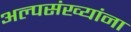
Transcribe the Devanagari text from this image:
अल्पसंख्यांना